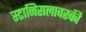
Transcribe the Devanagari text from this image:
स्टानिसलावस्की